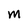
Character: M